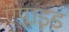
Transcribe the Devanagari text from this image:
ऍप्लाइड